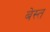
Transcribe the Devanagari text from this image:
बेस्त